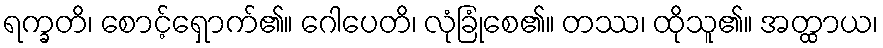
ရက္ခတိ၊ စောင့်ရှောက်၏။ ဂေါပေတိ၊ လုံခြုံစေ၏။ တဿ၊ ထိုသူ၏။ အတ္ထာယ၊